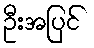
ဦးအပြင်